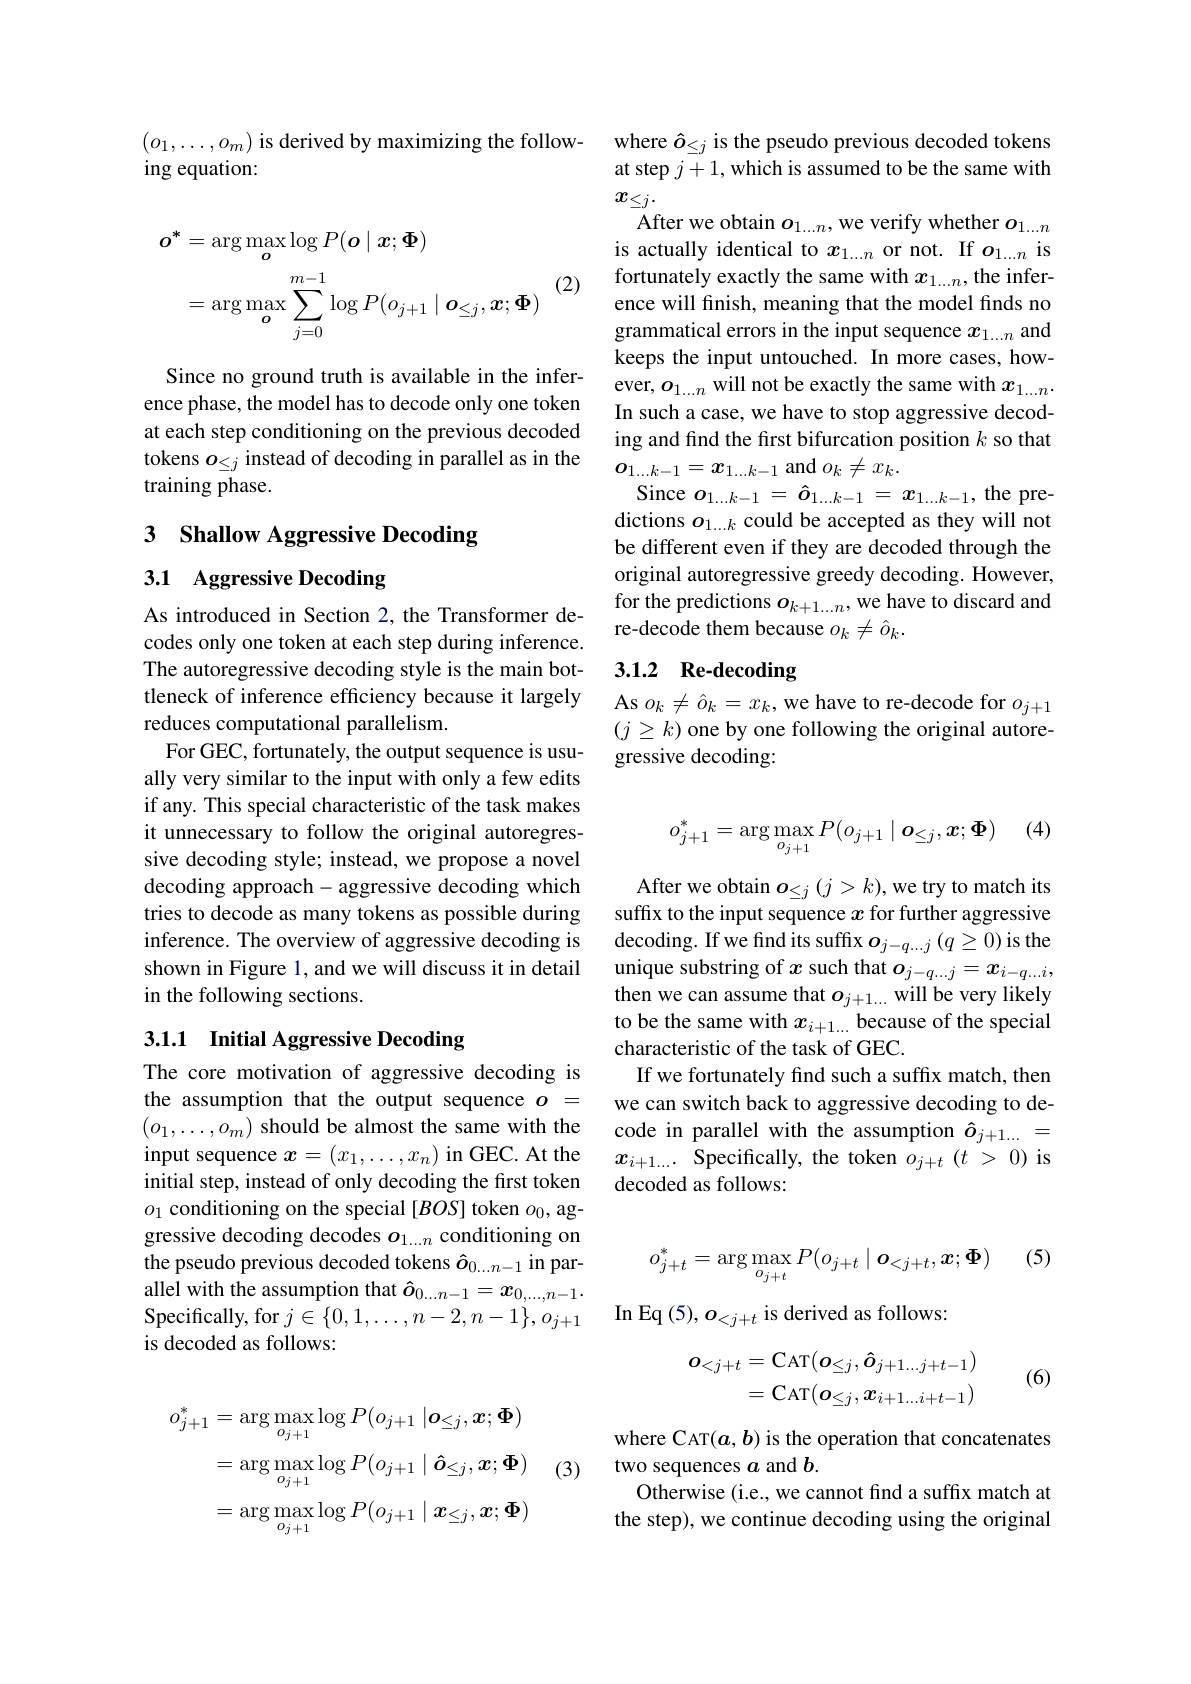
$\begin{pmatrix}o_1,\ldots,o_m\end{pmatrix}$ is derived by maximizing the follow-
ing equation:
$$\begin{aligned}\boldsymbol{o}^{*}&=\arg\max_{\boldsymbol{o}}\log P(\boldsymbol{o}\mid\boldsymbol{x};\boldsymbol{\Phi})\\&=\arg\max_{\boldsymbol{o}}\sum_{j=0}^{m-1}\log P(o_{j+1}\mid\boldsymbol{o}_{\leq j},\boldsymbol{x};\boldsymbol{\Phi})\end{aligned}$$
(2)

Since no ground truth is available in the inference phase, the model has to decode only one token at each step conditioning on the previous decoded tokens $o_\leq j$ instead of decoding in parallel as in the training phase.

3 Shallow Aggressive Decoding

## 3.1 Aggressive Decoding

As introduced in Section 2, the Transformer decodes only one token at each step during inference. The autoregressive decoding style is the main bottleneck of inference efficiency because it largely reduces computational parallelism.
For GEC, fortunately, the output sequence is usually very similar to the input with only a few edits if any. This special characteristic of the task makes it unnecessary to follow the original autoregressive decoding style; instead, we propose a novel decoding approach- aggressive decoding which tries to decode as many tokens as possible during inference. The overview of aggressive decoding is shown in Figure 1, and we will discuss it in detail in the following sections.

## 3.1.1 Initial Aggressive Decoding

The core motivation of aggressive decoding is the assumption that the output sequence $o=$ $(o_1,\ldots,o_m)$ should be almost the same with the input sequence $x=(x_1,\ldots,x_n)$ in GEC. At the initial step, instead of only decoding the first token $o_1$ conditioning on the special [BOS] token $o_0$, aggressive decoding decodes $o_1...n$ conditioning on the pseudo previous decoded tokens $\hat{o}_{0\ldots n-1}$ in parallel with the assumption that $\hat{\boldsymbol{o}}_0...n-1=\boldsymbol{x}_{0,...,n-1}.$ Specifically, for $j\in \{ 0, 1, \ldots , n- 2, n- 1\} , o_{j+ 1}$ is decoded as follows:

(3)
$$\begin{aligned}o_{j+1}^{*}&=\arg\max_{o_{j+1}}\log P(o_{j+1}\mid\boldsymbol{o}_{\leq j},\boldsymbol{x};\boldsymbol{\Phi})\\&=\arg\max_{o_{j+1}}\log P(o_{j+1}\mid\boldsymbol{\hat{o}}_{\leq j},\boldsymbol{x};\boldsymbol{\Phi})\\&=\arg\max_{o_{j+1}}\log P(o_{j+1}\mid\boldsymbol{x}_{\leq j},\boldsymbol{x};\boldsymbol{\Phi})\end{aligned}$$
where $\hat{o}_{\leq j}$ is the pseudo previous decoded tokens at step $j+1$, which is assumed to be the same with $x_{\leq j}.$
${\mathrm{After~we~obtain~}\boldsymbol{o}_{1...n},\mathrm{we~verify~whether~}\boldsymbol{o}_{1...n}}$ is actually identical to $x_{1...n}$ or not. If $o_{1...n}$ is fortunately exactly the same with $x_{1...n}$, the inference will finish, meaning that the model finds no grammatical errors in the input sequence $x_1...n$ and keeps the input untouched. In more cases, however, $o_1...n$ will not be exactly the same with $x_1...n.$ In such a case, we have to stop aggressive decoding and find the first bifurcation position $k$ so that $\boldsymbol{o}_{1\ldots k-1}=\boldsymbol{x}_{1\ldots k-1}$ and $o_k\neq x_k.$
Since $o_1. . . k- 1$ = $\hat{\boldsymbol{o}} _{1. . . k- 1}$ = $x_{1. . . k- 1}$, the predictions $o_{1\ldots k}$ could be accepted as they will not be different even if they are decoded through the original autoregressive greedy decoding. However, for the predictions $o_k+1...n$, we have to discard and re-decode them because $o_k\neq\hat{o}_k.$

## 3.1.2 Re-decoding

As $o_k\neq\hat{o}_k=x_k$,we have to re-decode for $o_j+1$ $(j\geq k)$ one by one following the original autoregressive decoding:

(4
$$o_{j+1}^*=\arg\max_{o_{j+1}}P(o_{j+1}\mid o_{\leq j},x;\Phi)$$
After we obtain $o_\leq j(j>k)$,we try to match its suffx to the input sequence $x$ for further aggressive decoding. If we find its suffix $o_j-q...j\left(q\geq0\right)$is the unique substring of $x$ such that $o_j-q...j=x_{i-q...i}$, then we can assume that $o_j+1...$ will be very likely to be the same with $x_i+1...$ because of the special characteristic of the task of GEC.
If we fortunately find such a suffix match, then we can switch back to aggressive decoding to decode in parallel with the assumption $\hat{o}_{j+1...}=$ $x_{i+1\ldots}$ Specifically, the token $o_j+t(t$ > 0) is decoded as follows:

(5)
$$o_{j+t}^*=\arg\max_{o_{j+t}}P(o_{j+t}\mid o_{<j+t},x;\Phi)$$
In Eq $(5),o_{<j+t}$ is derived as follows:
$$\begin{aligned}\boldsymbol{o}_{<j+t}&=\mathrm{CAT}(\boldsymbol{o}_{\leq j},\boldsymbol{\hat{o}}_{j+1...j+t-1})\\&=\mathrm{CAT}(\boldsymbol{o}_{\leq j},\boldsymbol{x}_{i+1...i+t-1})\end{aligned}$$
(6)

where CAT(a, b) is the operation that concatenates
two sequences $a$ and $b.$
Otherwise (i.e., we cannot find a suffix match at the step), we continue decoding using the original